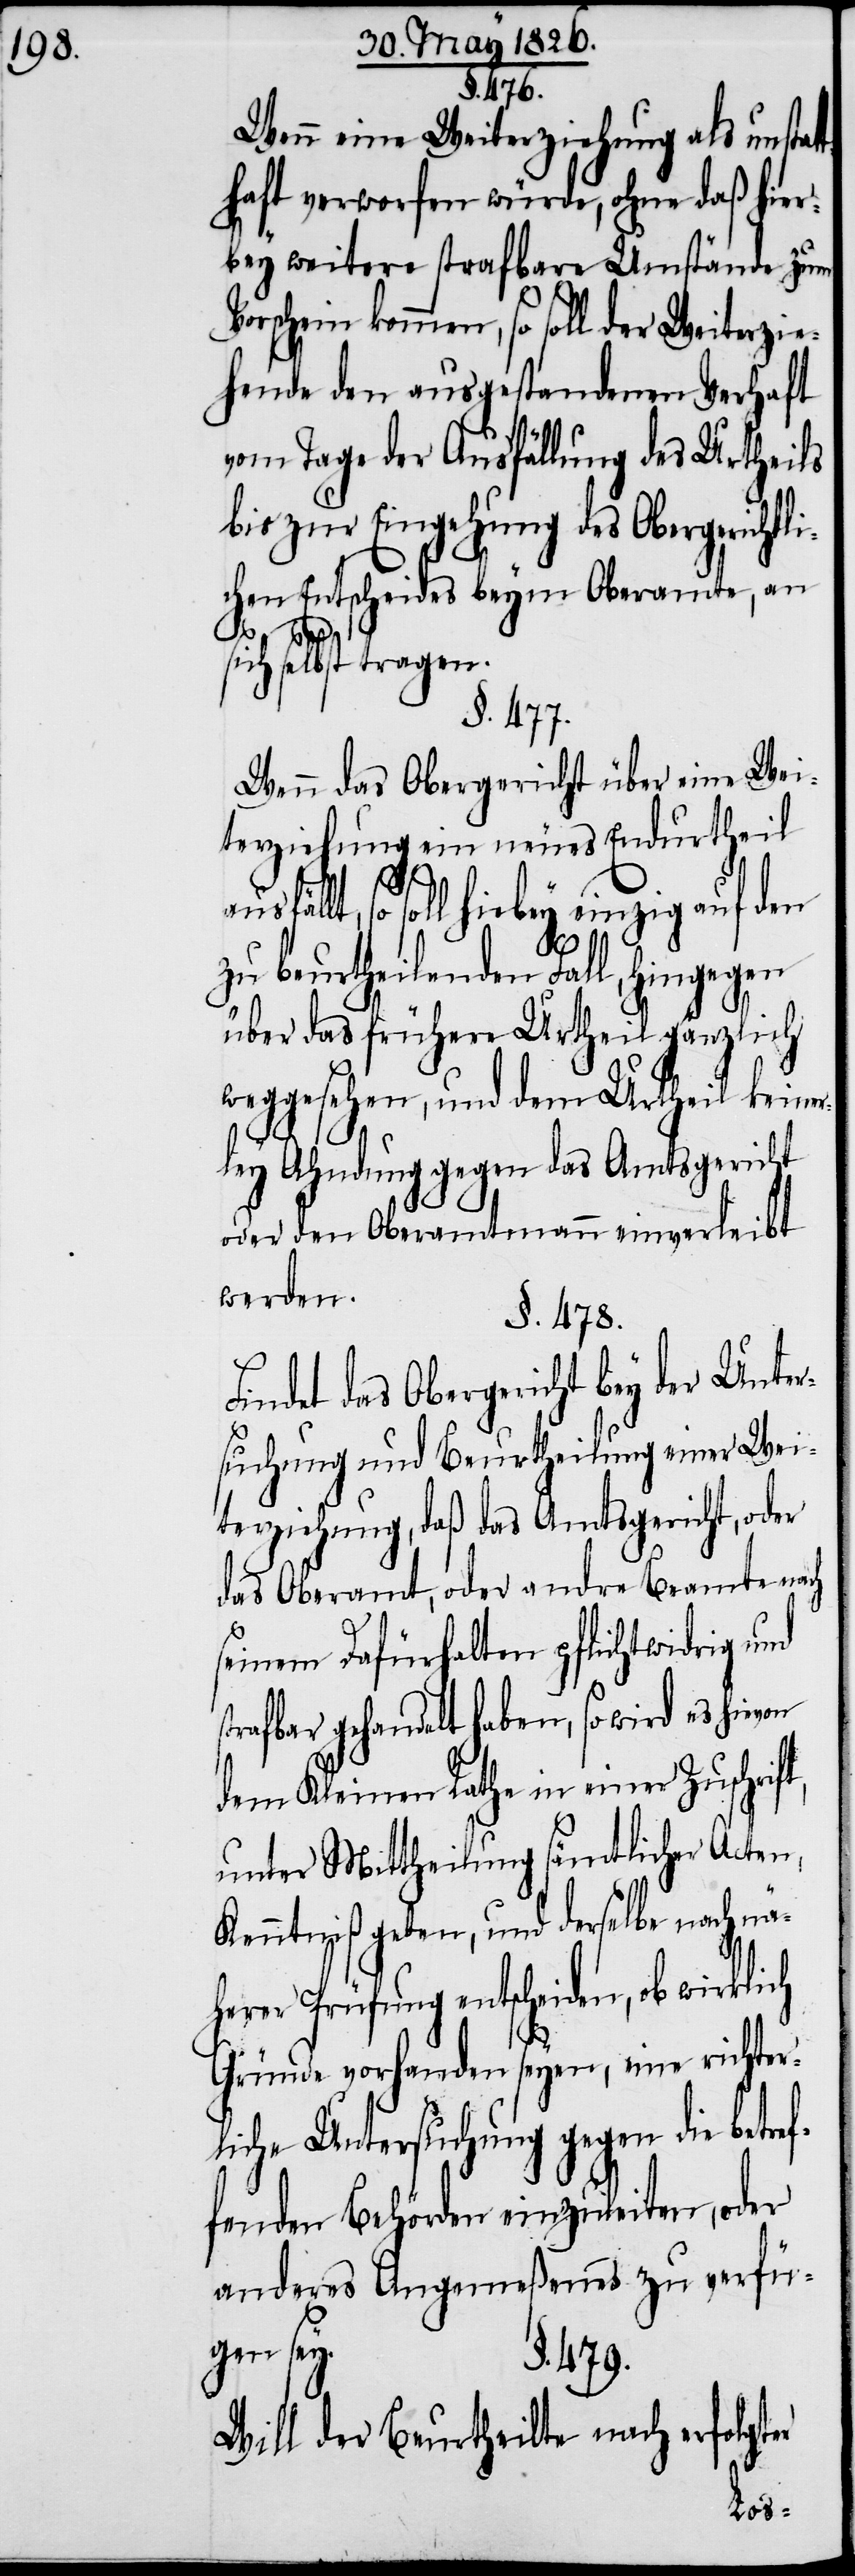
§. 476.
Wenn eine Weiterziehung als unsta¬
haft verworfen würde, ohne daß hier¬
bey weitere strafbare Umstände zum
Vorschein kommen, so soll der Weiterzie¬
hende den ausgestandenen Verhaft
vom Tage der Ausfällung des Urthei¬
bis zur Eingehung des Obergerichtl¬
ichen Entscheides beym Oberamte, an
sich selbst tragen.
§. 477.
Wenn das Obergericht über eine Wei¬
terziehung ein neues Endurtheil
so soll hiebey einzig auf den
er
zu beurtheilenden Fall, hingegen
über das frühere Urtheil gänzlich
weggesehen, und dem Urtheil keine¬
rley Ahndung gegen das Amtsgericht
oder den Oberamtmann einverleibt
werden.
§. 478.
Findet das Obergericht bey der Unt¬
suchung und Beurtheilung einer Wei¬
terziehung, daß das Amtsgericht, od¬
das Oberamt, oder andre Beamte nach
seinem Dafürhalten pflichtwidrig und
trafbar gehandelt haben, so wird es hievon
dem Kleinen Rathe in einer Zuschri¬
unter Mittheilung sämtlicher Acten,
Kenntniß geben, und derselbe nach nä¬
herer Prüfung entscheiden, ob wirklich
Gründe vorhanden seyen, eine richter¬
liche Untersuchung gegen die betref¬
fenden Behörden einzuleiten, oder
anderes Angemeßenes zu verfü¬
gen sey.
§. 479.
Will der Beurtheilte nach erfolgter
ft,